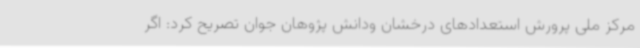
مرکز ملی پرورش استعدادهای درخشان ودانش پژوهان جوان تصریح کرد: اگر